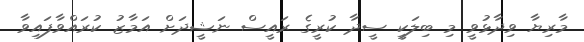
މާރިޔާ ވިދާޅުވީ މި ބިލަކީ ސީދާ ކުރީގެ ރައީސް ނަޝީދަށް އަމާޒު ކުރައްވާފައިވާ